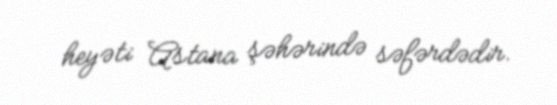
heyəti Astana şəhərində səfərdədir.